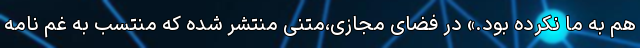
هم به ما نکرده بود.» در فضای مجازی،متنی منتشر شده که منتسب به غم نامه